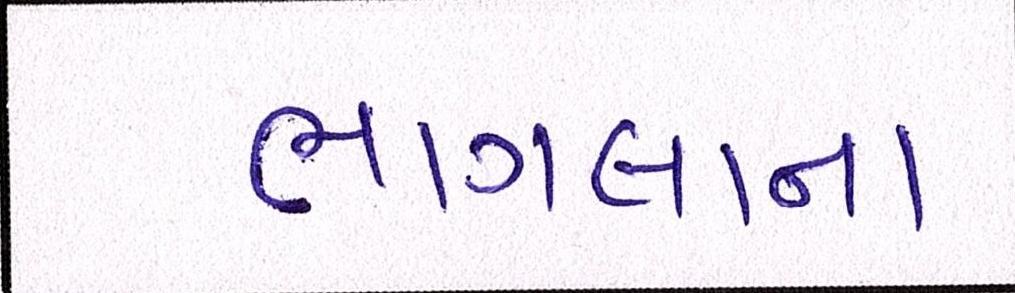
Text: ભાગલાના